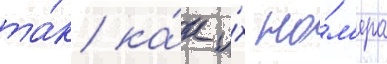
та́к ка́к и́х но́м'ера